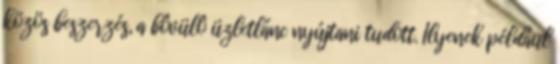
közös beszerzés, a bôvülô üzletlánc nyújtani tudott. Ilyenek például